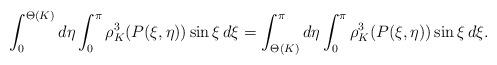
LaTeX: \begin{align*}\int_0^{\Theta(K)} d \eta \int_0^{\pi} \rho_{K}^3(P(\xi,\eta)) \sin \xi \,d \xi=\int_{\Theta(K)}^\pi d \eta \int_0^{\pi} \rho_{K}^3(P(\xi,\eta)) \sin \xi \,d \xi.\end{align*}